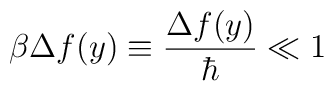
\beta \Delta f(y)\equiv \frac{\Delta f(y)}{\hbar }\ll 1